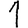
Digit: 1